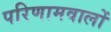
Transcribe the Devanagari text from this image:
परिणामवालों